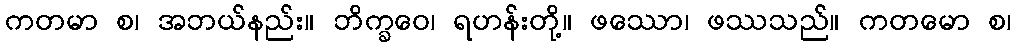
ကတမာ စ၊ အဘယ်နည်း။ ဘိက္ခဝေ၊ ရဟန်းတို့။ ဖဿော၊ ဖဿသည်။ ကတမော စ၊